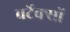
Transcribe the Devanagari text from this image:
वर्टेक्सों